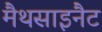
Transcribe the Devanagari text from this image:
मैथसाइनैट